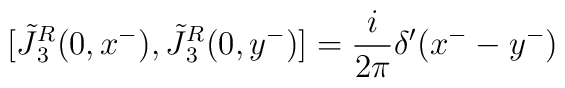
[\tilde {J} {^{R} _3} (0,x^-) , \tilde {J} {^{R} _3} (0,y^-)] = {i \over 2 \pi} \delta'(x^- - y^-)